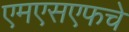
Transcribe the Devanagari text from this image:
एमएसएफचे